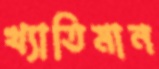
খ্যাতিমান